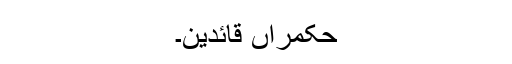
حکمراں قائدین۔